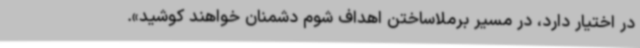
در اختیار دارد، در مسیر برملاساختن اهداف شوم دشمنان خواهند کوشید».